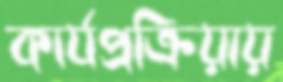
কার্যপ্রক্রিয়ায়